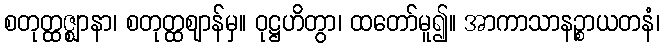
စတုတ္ထဇ္ဈာနာ၊ စတုတ္ထဈာန်မှ။ ဝုဋ္ဌဟိတွာ၊ ထတော်မူ၍။ အာကာသာနဉ္စာယတနံ၊